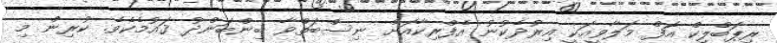
ރިޕަބްލިކް އޮފް މަލާވީއަކީ އިރުދެކުނު އެފްރިކާއަށް ނިސްބަތްވާ ބިންބަންދު ޤައުމެކެވެ. ކުރިން މި